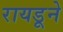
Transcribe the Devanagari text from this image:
रायडूने